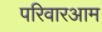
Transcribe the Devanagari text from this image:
परिवारआम